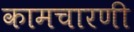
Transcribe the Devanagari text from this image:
कामचारणी